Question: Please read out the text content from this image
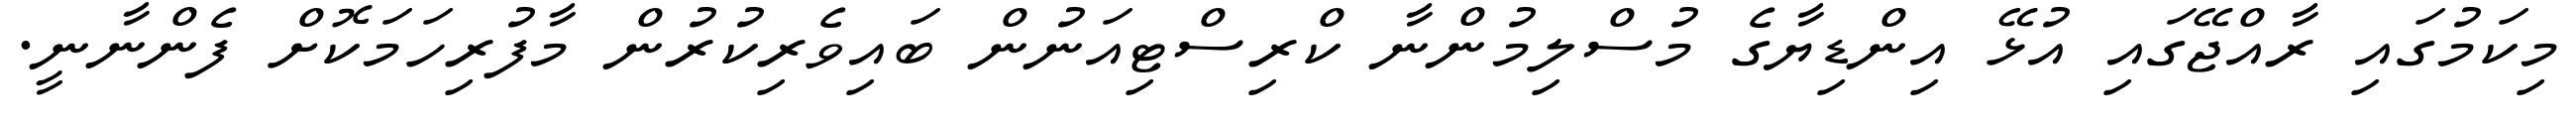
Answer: މިކަމުގައި ރާއްޖޭގައި އުޅޭ އިންޑިޔާގެ މުސްލިމުންނާ ކްރިސްޓިއަނުން ބައިވެރިކުރުން މާފުރިހަމަކޮށް ފެންނާނީ.